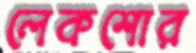
লেকশোর